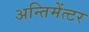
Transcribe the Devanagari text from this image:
अन्तिमेंत्टर